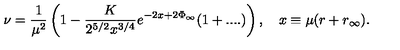
\nu = \frac { 1 } { \mu ^ { 2 } } \left( 1 - \frac { K } { 2 ^ { 5 / 2 } x ^ { 3 / 4 } } e ^ { - 2 x + 2 \Phi _ { \infty } } ( 1 + . . . . ) \right) , \quad x \equiv \mu ( r + r _ { \infty } ) .